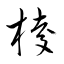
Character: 棕